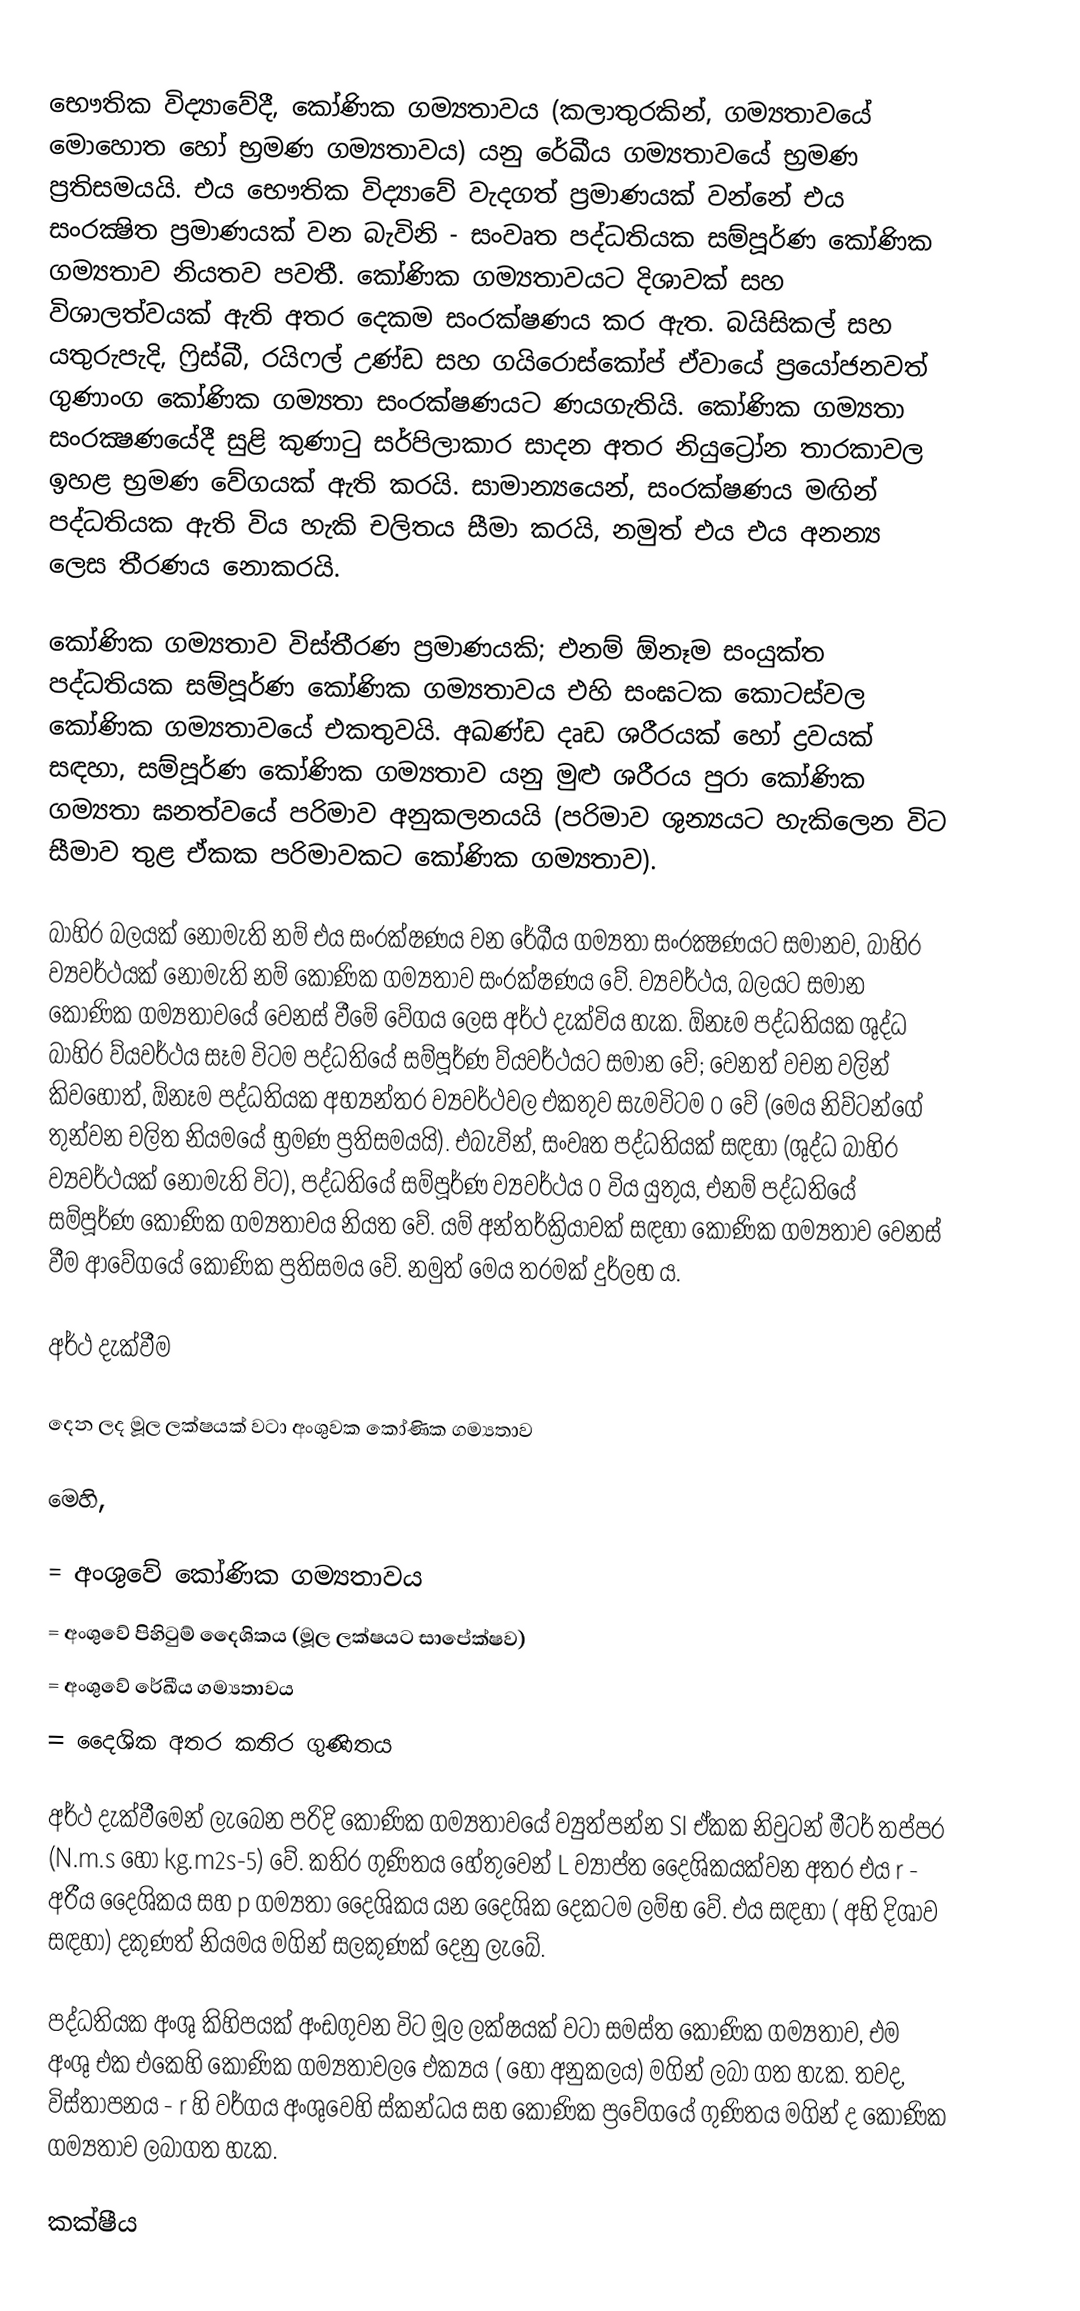
භෞතික විද්‍යාවේදී, කෝණික ගම්‍යතාවය (කලාතුරකින්, ගම්‍යතාවයේ මොහොත හෝ භ්‍රමණ ගම්‍යතාවය) යනු රේඛීය ගම්‍යතාවයේ භ්‍රමණ ප්‍රතිසමයයි. එය භෞතික විද්‍යාවේ වැදගත් ප්‍රමාණයක් වන්නේ එය සංරක්‍ෂිත ප්‍රමාණයක් වන බැවිනි - සංවෘත පද්ධතියක සම්පූර්ණ කෝණික ගම්‍යතාව නියතව පවතී. කෝණික ගම්‍යතාවයට දිශාවක් සහ විශාලත්වයක් ඇති අතර දෙකම සංරක්ෂණය කර ඇත. බයිසිකල් සහ යතුරුපැදි, ෆ්‍රිස්බී, රයිෆල් උණ්ඩ සහ ගයිරොස්කෝප් ඒවායේ ප්‍රයෝජනවත් ගුණාංග කෝණික ගම්‍යතා සංරක්ෂණයට ණයගැතියි. කෝණික ගම්‍යතා සංරක්‍ෂණයේදී සුළි කුණාටු සර්පිලාකාර සාදන අතර නියුට්‍රෝන තාරකාවල ඉහළ භ්‍රමණ වේගයක් ඇති කරයි. සාමාන්‍යයෙන්, සංරක්ෂණය මඟින් පද්ධතියක ඇති විය හැකි චලිතය සීමා කරයි, නමුත් එය එය අනන්‍ය ලෙස තීරණය නොකරයි.

කෝණික ගම්‍යතාව විස්තීරණ ප්‍රමාණයකි; එනම් ඕනෑම සංයුක්ත පද්ධතියක සම්පූර්ණ කෝණික ගම්‍යතාවය එහි සංඝටක කොටස්වල කෝණික ගම්‍යතාවයේ එකතුවයි. අඛණ්ඩ දෘඩ ශරීරයක් හෝ ද්‍රවයක් සඳහා, සම්පූර්ණ කෝණික ගම්‍යතාව යනු මුළු ශරීරය පුරා කෝණික ගම්‍යතා ඝනත්වයේ පරිමාව අනුකලනයයි (පරිමාව ශුන්‍යයට හැකිලෙන විට සීමාව තුළ ඒකක පරිමාවකට කෝණික ගම්‍යතාව).

බාහිර බලයක් නොමැති නම් එය සංරක්ෂණය වන රේඛීය ගම්‍යතා සංරක්‍ෂණයට සමානව, බාහිර ව්‍යවර්ථයක් නොමැති නම් කෝණික ගම්‍යතාව සංරක්ෂණය වේ. ව්‍යවර්ථය, බලයට සමාන කෝණික ගම්‍යතාවයේ වෙනස් වීමේ වේගය ලෙස අර්ථ දැක්විය හැක. ඕනෑම පද්ධතියක ශුද්ධ බාහිර ව්යවර්ථය සෑම විටම පද්ධතියේ සම්පූර්ණ ව්යවර්ථයට සමාන වේ; වෙනත් වචන වලින් කිවහොත්, ඕනෑම පද්ධතියක අභ්‍යන්තර ව්‍යවර්ථවල එකතුව සැමවිටම 0 වේ (මෙය නිව්ටන්ගේ තුන්වන චලිත නියමයේ භ්‍රමණ ප්‍රතිසමයයි). එබැවින්, සංවෘත පද්ධතියක් සඳහා (ශුද්ධ බාහිර ව්‍යවර්ථයක් නොමැති විට), පද්ධතියේ සම්පූර්ණ ව්‍යවර්ථය 0 විය යුතුය, එනම් පද්ධතියේ සම්පූර්ණ කෝණික ගම්‍යතාවය නියත වේ. යම් අන්තර්ක්‍රියාවක් සඳහා කෝණික ගම්‍යතාව වෙනස් වීම ආවේගයේ කෝණික ප්‍රතිසමය වේ. නමුත් මෙය තරමක් දුර්ලභ ය.

අර්ථ දැක්වීම

දෙන ලද මූල ලක්ෂයක් වටා අංශුවක කෝණික ගම්‍යතාව

මෙහි,

 = අංශුවේ කෝණික ගම්‍යතාවය
 = අංශුවේ පිහිටුම් දෛශිකය (මූල ලක්ෂයට සාපේක්ෂව)
 = අංශුවේ රේඛීය ගම්‍යතාවය
 = දෛශික අතර කතිර ගුණිතය

අර්ථ දැක්වීමෙන් ලැබෙන පරිදි කෝණික ගම්‍යතාවයේ ව්‍යුත්පන්න SI ඒකක නිවුටන් මීටර් තප්පර (N.m.s හෝ kg.m2s-5) වේ. කතිර ගුණිතය හේතුවෙන් L ව්‍යාප්ත දෛශිකයක්වන අතර එය r - අරීය දෛශිකය සහ p ගම්‍යතා දෛශිකය යන දෛශික දෙකටම ලම්භ වේ. එය සඳහා ( අභි දිශාව සඳහා)  දකුණත් නියමය මගින් සලකුණක් දෙනු ලැබේ.

පද්ධතියක අංශු කිහිපයක් අංඩගුවන විට මූල ලක්ෂයක් වටා සමස්ත කෝණික ගම්‍යතාව, එම අංශු එක එකෙහි කෝණික ගම්‍යතාවල ‍ෙඑක්‍යය ( හෝ අනුකලය) මගින් ලබා ගත හැක. තවද, විස්තාපනය - r හි වර්ගය අංශුවෙහි ස්කන්ධය සහ කෝණික ප්‍රවේගයේ ගුණිතය මගින් ද කෝණික ගම්‍යතාව ලබාගත හැක.

කක්ෂීය